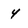
Character: 4